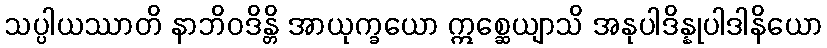
သပ္ပါယဿာတိ နာဘိဝဒိန္တိ အာယုက္ခယော ဣစ္ဆေယျာသိ အနုပါဒိန္နုပါဒါနိယော